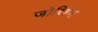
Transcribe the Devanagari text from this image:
जोखिम